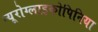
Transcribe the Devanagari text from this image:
न्यूरोग्लाइकोपिनिया